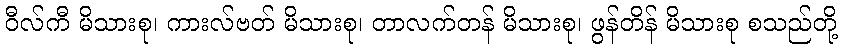
ဝီလ်ကီ မိသားစု၊ ကားလ်ဗတ် မိသားစု၊ တာလက်တန် မိသားစု၊ ဖွန်တိန် မိသားစု စသည်တို့